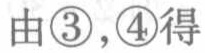
由\(\textcircled{3}\)，\(\textcircled{4}\)得